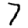
Digit: 7